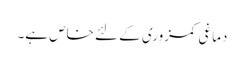
دماغی کمزوری کے لئے خاص ہے۔